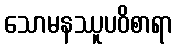
သောမနဿူပဝိစာရာ